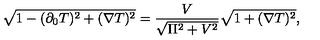
\sqrt { 1 - ( \partial _ { 0 } T ) ^ { 2 } + ( \nabla T ) ^ { 2 } } = { \frac { V } { \sqrt { \Pi ^ { 2 } + V ^ { 2 } } } } \sqrt { 1 + ( \nabla T ) ^ { 2 } } ,